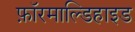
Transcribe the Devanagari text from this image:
फ़ॉरमाल्डिहाइड